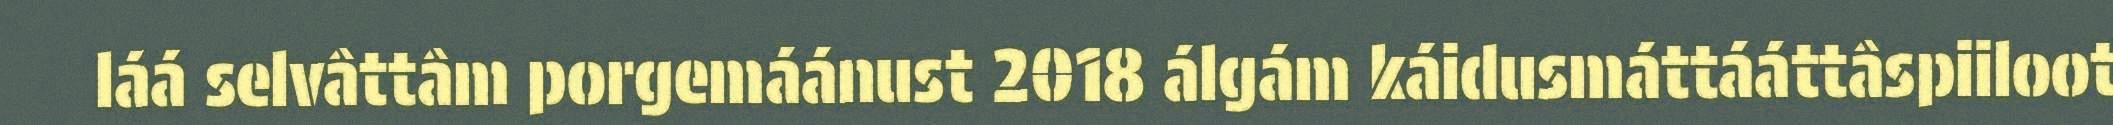
láá selvâttâm porgemáánust 2018 álgám káidusmáttááttâspiiloot